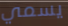
يسمي